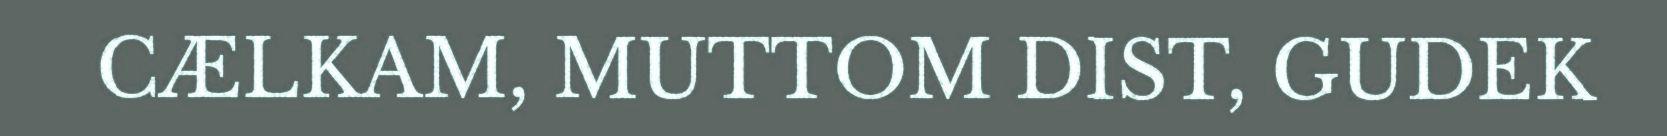
CÆLKAM, MUTTOM DIST, GUDEK